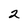
Character: 2